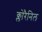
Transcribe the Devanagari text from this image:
क्लोरैनिल